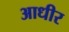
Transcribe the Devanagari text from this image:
आधीर